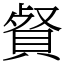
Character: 䝳